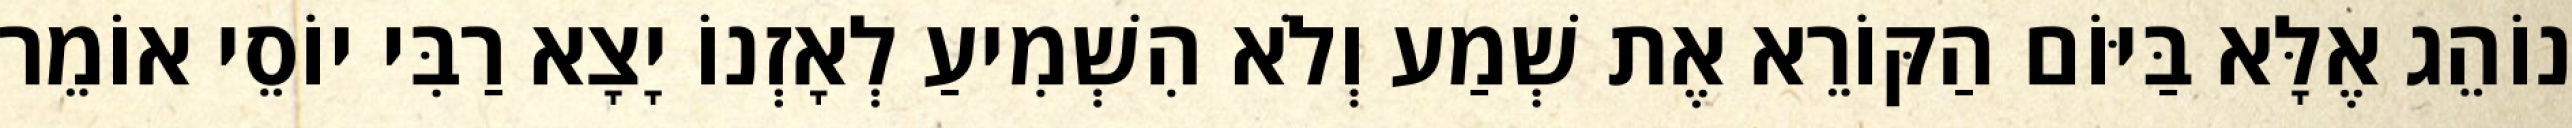
נוֹהֵג אֶלָּא בַּיּוֹם הַקּוֹרֵא אֶת שְׁמַע וְלֹא הִשְׁמִיעַ לְאָזְנוֹ יָצָא רַבִּי יוֹסֵי אוֹמֵר